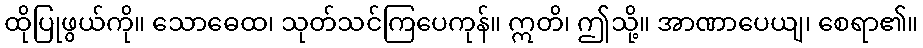
ထိုပြုဖွယ်ကို။ သောဓေထ၊ သုတ်သင်ကြပေကုန်။ ဣတိ၊ ဤသို့။ အာဏာပေယျ၊ စေရာ၏။